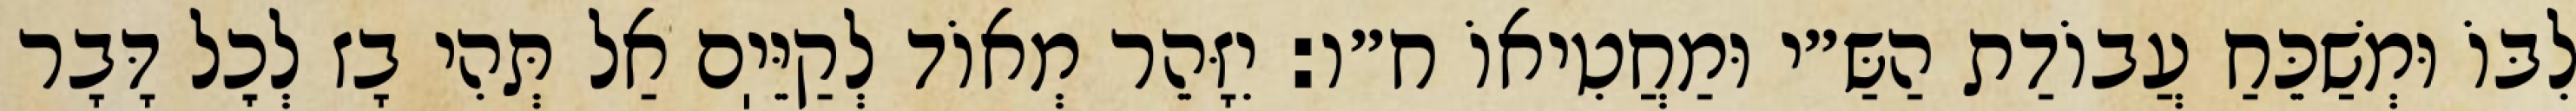
לִבּוֹ וּמְשַׁכֵּחַ עֲבוֹדַת הַשַּ״י וּמַחֲטִיאוֹ ח״ו: יִזָּהֵר מְאוֹד לְקַיֵּיֽם אַל תְּהִי בָז לְכׇל דָּבָר